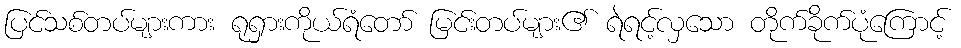
ပြင်သစ်တပ်များကား ရုရှားကိုယ်ရံတော် မြင်းတပ်များ၏ ရဲရင့်လှသော တိုက်ခိုက်ပုံကြောင့်